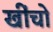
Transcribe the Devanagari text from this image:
खींचो